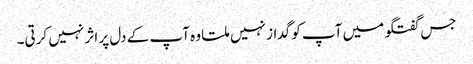
جس گفتگو میں آپ کو گداز نہیں ملتا وہ آپ کے دل پر اثر نہیں کرتی۔